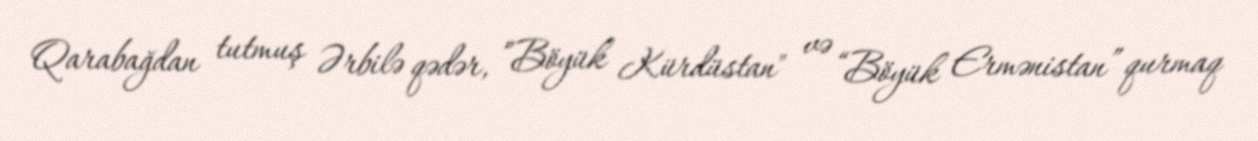
Qarabağdan tutmuş Ərbilə qədər, ”Böyük Kürdüstan" və “Böyük Ermənistan” qurmaq